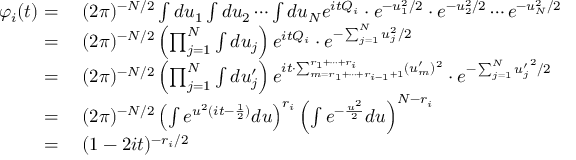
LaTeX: \begin{array} { r l } { \varphi _ { i } ( t ) = { } } & { { } ( 2 \pi ) ^ { - N / 2 } \int d u _ { 1 } \int d u _ { 2 } \cdots \int d u _ { N } e ^ { i t Q _ { i } } \cdot e ^ { - u _ { 1 } ^ { 2 } / 2 } \cdot e ^ { - u _ { 2 } ^ { 2 } / 2 } \cdots e ^ { - u _ { N } ^ { 2 } / 2 } } \\ { = { } } & { { } ( 2 \pi ) ^ { - N / 2 } \left( \prod _ { j = 1 } ^ { N } \int d u _ { j } \right) e ^ { i t Q _ { i } } \cdot e ^ { - \sum _ { j = 1 } ^ { N } u _ { j } ^ { 2 } / 2 } } \\ { = { } } & { { } ( 2 \pi ) ^ { - N / 2 } \left( \prod _ { j = 1 } ^ { N } \int d u _ { j } ^ { \prime } \right) e ^ { i t \cdot \sum _ { m = r _ { 1 } + \cdots + r _ { i - 1 } + 1 } ^ { r _ { 1 } + \cdots + r _ { i } } ( u _ { m } ^ { \prime } ) ^ { 2 } } \cdot e ^ { - \sum _ { j = 1 } ^ { N } { u _ { j } ^ { \prime } } ^ { 2 } / 2 } } \\ { = { } } & { { } ( 2 \pi ) ^ { - N / 2 } \left( \int e ^ { u ^ { 2 } ( i t - { \frac { 1 } { 2 } } ) } d u \right) ^ { r _ { i } } \left( \int e ^ { - { \frac { u ^ { 2 } } { 2 } } } d u \right) ^ { N - r _ { i } } } \\ { = { } } & { { } ( 1 - 2 i t ) ^ { - r _ { i } / 2 } } \end{array}